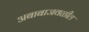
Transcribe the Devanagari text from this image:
अबाबाजवळील